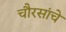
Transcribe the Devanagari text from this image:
चौरसांचे